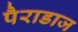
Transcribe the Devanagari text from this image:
पैराडाज